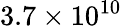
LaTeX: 3.7\times 10^{10}